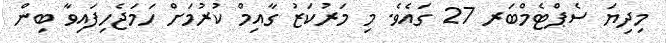
މިދިޔަ ސެޕްޓެމްބަރ 27 ގައެވެ. މި މަރުކަޒު ގާއިމް ކުރުމަށް ހަމަޖެހިފައިވާ ބިން